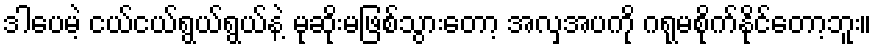
ဒါပေမဲ့ ငယ်ငယ်ရွယ်ရွယ်နဲ့ မုဆိုးမဖြစ်သွားတော့ အလှအပကို ဂရုမစိုက်နိုင်တော့ဘူး။